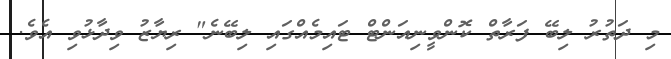
މި ދަތުރު ލިބޭ ފަރާތް ކޮންވީނިއަންޓް ޓައިމެއްގައި ލިބޭނެ" ރިޔާޒު ވިދާޅުވި އެވެ.